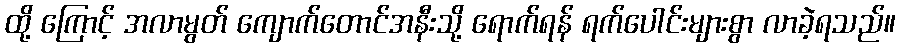
ထို့ ကြောင့် အလာမွတ် ကျောက်တောင်အနီးသို့ ရောက်ရန် ရက်ပေါင်းများစွာ လာခဲ့ရသည်။